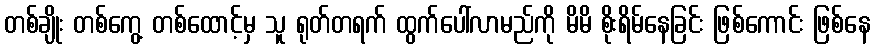
တစ်ချိုး တစ်ကွေ့ တစ်ထောင့်မှ သူ ရုတ်တရက် ထွက်ပေါ်လာမည်ကို မိမိ စိုးရိမ်နေခြင်း ဖြစ်ကောင်း ဖြစ်နေ